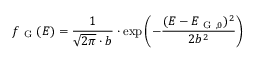
f _ { \mathrm { ~ G ~ } } ( E ) = \frac { 1 } { \sqrt { 2 \pi } \cdot b } \cdot \exp \left( - \frac { ( E - E _ { \mathrm { ~ G ~ } , 0 } ) ^ { 2 } } { 2 b ^ { 2 } } \right)